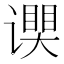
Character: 𬤧